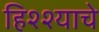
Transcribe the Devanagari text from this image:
हिश्श्याचे